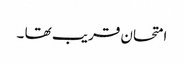
امتحان قریب تھا ۔